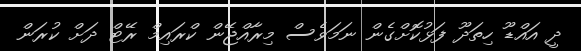
ދީ އައްޑޫ ހިތަދޫ ފަޅުކޮށްގެން ނަމަވެސް މިރާއްޖޭން ކްރައިމް ރޭޓް ދަށް ކުރަން